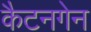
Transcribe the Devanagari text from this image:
कैटनगेन